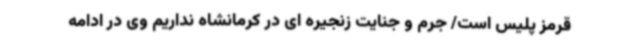
قرمز پلیس است/ جرم و جنایت زنجیره ای در کرمانشاه نداریم وی در ادامه